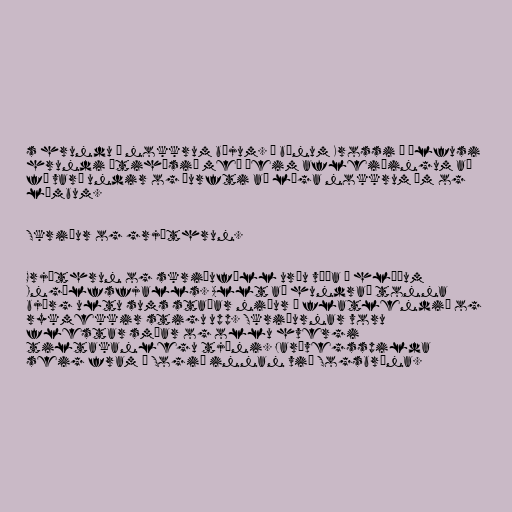
s hrundu á nokkrum bæjum. Á bænum Krossi í Ölfusi
hrundi útihúsið með þeim afleiðingum að
fé varð undir og þurfti að lóga nokkrum ám og
lömbum.

Skriður og grjóthrun.

Grjóthrun og skriðuföll urðu víða í hlíðum
Ingólfsfjalls. Allt að hundrað tonna
björg ultu sums staðar niður á flatlendið og
rykmekkir stigu upp. Skriðurnar voru
flestar smáar og ollu hvergi
tiltakanlegu tjóni. Jarðvegsspilda
seig fram í Sogið innan við Sogsbrúna.